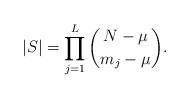
LaTeX: \begin{align*}|S| = \prod_{j=1}^{L} \binom{N - \mu}{m_{j} - \mu}.\end{align*}